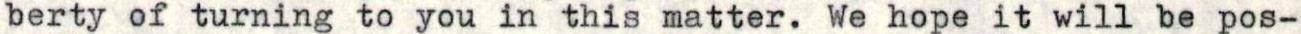
berty of turning to you in this matter. We hope it will be pos-